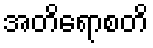
အတိရောစတိ